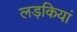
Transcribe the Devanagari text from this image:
लड़कियां